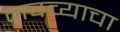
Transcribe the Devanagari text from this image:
नवव्याचा